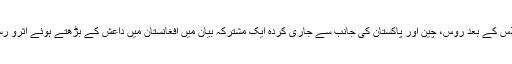
واضح رہے کہ گذشتہ ہفتے ماسکو میں افغان مذاکرات کے سلسلے میں ہونے والے سہ فریقی اجلاس کے بعد روس، چین اور پاکستان کی جانب سے جاری کردہ ایک مشترکہ بیان میں افغانستان میں داعش کے بڑھتے ہوئے اثرو رسوخ اور ملک کی خراب ہوتی سیکیورٹی صورت حال پر اپنے شدید تحفظات کا اظہار کیا گیا تھا۔